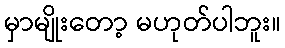
မှာမျိုးတော့ မဟုတ်ပါဘူး။